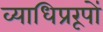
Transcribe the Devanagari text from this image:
व्याधिप्ररूपों